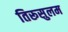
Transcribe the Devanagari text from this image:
तिरूसुलम